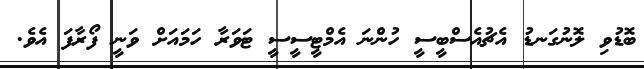
ބޮޑުވި ލޮނުގަނޑު އެޗުއެސްބީސީ ހުންނަ އެމްޓީސީސީ ޓަވަރާ ހަމައަށް ވަނީ ފޯރާފަ އެވެ.